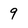
Character: 9